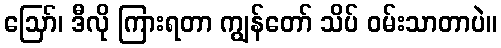
ဪ၊ ဒီလို ကြားရတာ ကျွန်တော် သိပ် ဝမ်းသာတာပဲ။